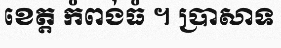
ខេត្ត កំពង់ធំ ។ ប្រាសាទ